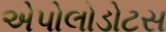
એપોલોડોટસ